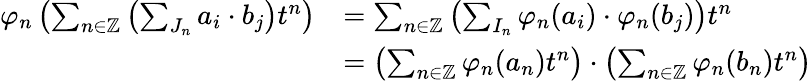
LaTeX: \begin{array}{rl}{\varphi_{n}\left(\sum_{n\in\mathbb{Z}}\left(\sum_{J_{n}}a_{i}\cdot b_{j}\right)t^{n}\right)}&{=\sum_{n\in\mathbb{Z}}\left(\sum_{I_{n}}\varphi_{n}(a_{i})\cdot\varphi_{n}(b_{j})\right)t^{n}}\\ &{=\left(\sum_{n\in\mathbb{Z}}\varphi_{n}(a_{n})t^{n}\right)\cdot\left(\sum_{n\in\mathbb{Z}}\varphi_{n}(b_{n})t^{n}\right)}\end{array}